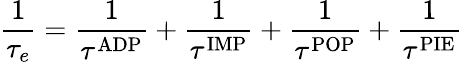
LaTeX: \frac{1}{\tau_{e}}=\frac{1}{\tau^{\mathrm{ADP}}}+\frac{1}{\tau^{\mathrm{IMP}}}+\frac{1}{\tau^{\mathrm{POP}}}+\frac{1}{\tau^{\mathrm{PIE}}}